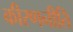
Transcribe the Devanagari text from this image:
कीरणनीति